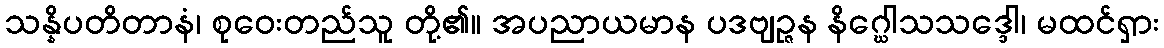
သန္နိပတိတာနံ၊ စုဝေးတည်သူ တို့၏။ အပညာယမာန ပဒဗျဉ္ဇန နိဂ္ဃေါသသဒ္ဒေါ၊ မထင်ရှား